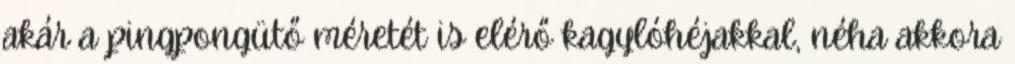
akár a pingpongütő méretét is elérő kagylóhéjakkal, néha akkora